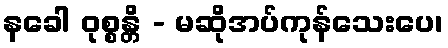
နခေါ ဝုစ္စန္တိ - မဆိုအပ်ကုန်သေးပေ၊